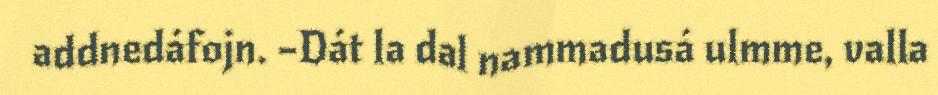
addnedáfojn. –Dát la dal nammadusá ulmme, valla